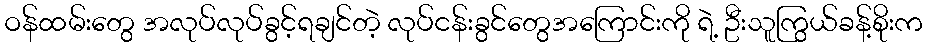
ဝန်ထမ်းတွေ အလုပ်လုပ်ခွင့်ရချင်တဲ့ လုပ်ငန်းခွင်တွေအကြောင်းကို ရဲ့ ဦးသူကြွယ်ခန့်စိုးက